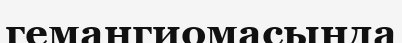
гемангиомасында